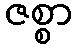
ဇစ္စာ